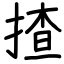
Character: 揸